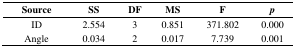
<table><thead><tr><td><b>Source</b></td><td><b>SS</b></td><td><b>DF</b></td><td><b>MS</b></td><td><b>F</b></td><td><b><i>p</i></b></td></tr></thead><tbody><tr><td>ID</td><td>2.554</td><td>3</td><td>0.851</td><td>371.802</td><td>0.000</td></tr><tr><td>Angle</td><td>0.034</td><td>2</td><td>0.017</td><td>7.739</td><td>0.001</td></tr></tbody></table>